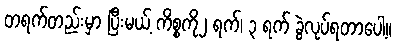
တရက်တည်းမှာ ပြီးမယ့် ကိစ္စကို၂ ရက်၊ ၃ ရက် ခွဲလုပ်ရတာပေါ့။